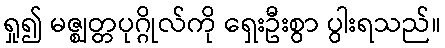
ရှု၍ မဇ္ဈတ္တပုဂ္ဂိုလ်ကို ရှေးဦးစွာ ပွါးရသည်။